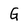
Character: G